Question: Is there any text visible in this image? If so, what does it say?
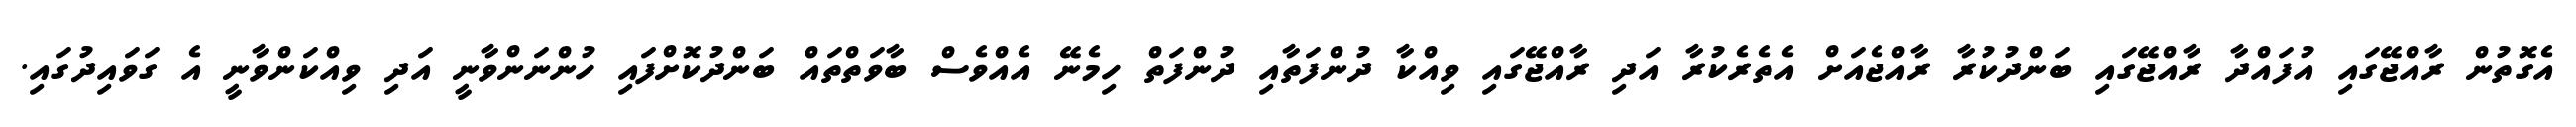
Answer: އެގޮތުން ރާއްޖޭގައި އުފައްދާ ރާއްޖޭގައި ބަންދުކުރާ ރާއްޖެއަށް އެތެރެކުރާ އަދި ރާއްޖޭގައި ވިއްކާ ދުންފަތާއި ދުންފަތް ހިމެނޭ އެއްވެސް ބާވަތްތައް ބަންދުކޮށްފައި ހުންނަންވާނީ އަދި ވިއްކަންވާނީ އެ ގަވައިދުގައި.